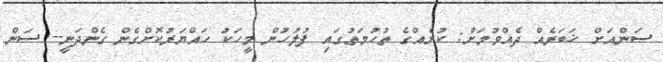
ސަންއަށް ޚަބަރެއް ދެއްވުމަށް: ކުށެއްގެ ތުހުމަތުގައި ފުލުހުން މީހަކަު ހައްޔަރުކޮށްގެން ގެންދަނީ-- ސަން